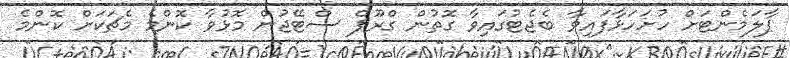
ޕާލަމެންޓަށް ހުށަހަޅާފައިވާ ބެޖެޓުގައިވާ ގޮތުން ގްރޫޕް ސްޓޭޖުން މޮޅުވާ ކޮންމެ މެޗަކަށް ކޮންމެ